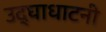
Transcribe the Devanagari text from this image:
उद्घाधाटनी